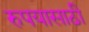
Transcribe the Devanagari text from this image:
रुपयासाठी